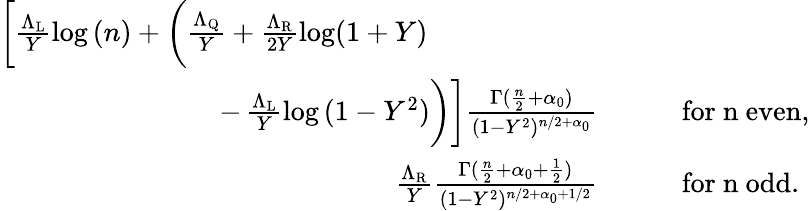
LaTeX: \begin{array}{rl}{\bigg[\frac{\Lambda_{\mathrm{L}}}{Y}\log{(n)}+\bigg(\frac{\Lambda_{\mathrm{Q}}}{Y}+\frac{\Lambda_{\mathrm{R}}}{2Y}\log(1+Y)\qquad\qquad\qquad}&{}\\ {-\, \frac{\Lambda_{\mathrm{L}}}{Y}\log{(1-Y^{2})}\bigg)\bigg]\frac{\Gamma(\frac{n}{2}+\alpha_{0})}{(1-Y^{2})^{n/2+\alpha_{0}}}}&{\qquad\mathrm{for~n~even},}\\ {\frac{\Lambda_{\mathrm{R}}}{Y}\frac{\Gamma(\frac{n}{2}+{\alpha_{0}+\frac{1}{2}})}{(1-Y^{2})^{n/2+{\alpha_{0}+1/2}}}}&{\qquad\mathrm{for~n~odd}.}\end{array}